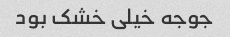
جوجه خیلی خشک بود